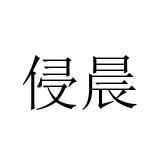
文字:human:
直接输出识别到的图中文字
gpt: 侵晨